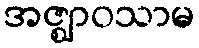
အဇ္ဈာဝသာမ